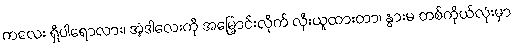
ကလေး ရှိပါရောလား၊ အဲ့ဒါလေးကို အမြှောင်းလိုက် လှီးယူထားတာ၊ နွားမ တစ်ကိုယ်လုံးမှာ